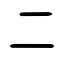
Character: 二